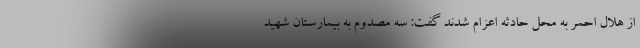
از هلال احمر به محل حادثه اعزام شدند گفت: سه مصدوم به بیمارستان شهید